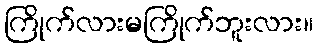
ကြိုက်လားမကြိုက်ဘူးလား။